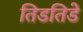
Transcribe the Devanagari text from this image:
तिडतिडे